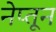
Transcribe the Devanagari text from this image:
नेप्तून